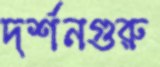
দর্শনগুরু